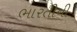
ભારતીની